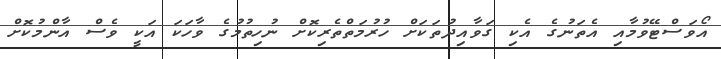
އޯވަސްޓޭވުމާއި އެތަނުގެ އެކި ގަވާއިދުތަކަށް ހުރުމަތްތެރިކޮށް ނުހިތުމުގެ ވާހަކަ އަކީ ވެސް އާންމުކޮށް